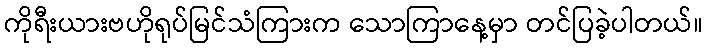
ကိုရီးယားဗဟိုရုပ်မြင်သံကြားက သောကြာနေ့မှာ တင်ပြခဲ့ပါတယ်။